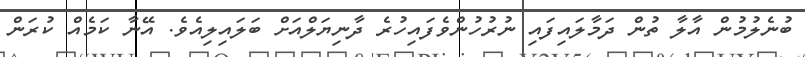
ބުނެލުމުން އާލާ ތުން ދަމާލައިފައި ނުރުހުންވެފައިހުރެ ދާނިޔަލްއަށް ބަލައިލިއެވެ. އޭނާ ކަމެއް ކުރަން